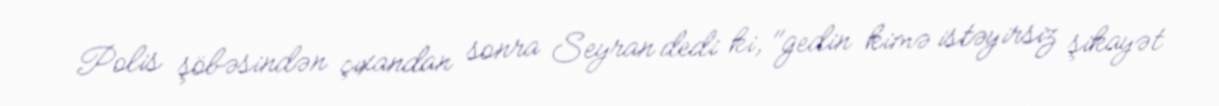
Polis şöbəsindən çıxandan sonra Seyran dedi ki, "gedin kimə istəyirsiz şikayət